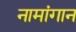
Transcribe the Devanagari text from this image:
नामांगान